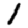
Digit: 1